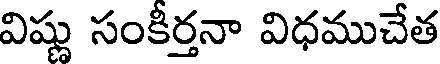
విష్ణు సంకీర్తనా విధముచేత